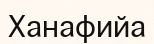
Ханафийа